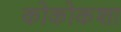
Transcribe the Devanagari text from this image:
कोकोकशा